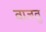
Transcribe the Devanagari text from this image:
वाजवु